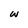
Character: w